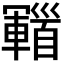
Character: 𩠫